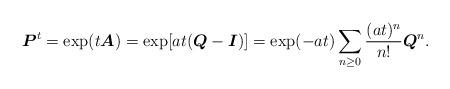
LaTeX: \begin{align*}\boldsymbol{P}^t=\exp(t{\boldsymbol A})=\exp[a t({\boldsymbol Q}-{\boldsymbol I})]=\exp(-a t)\sum_{n\geq 0}\frac{(a t)^n}{n!}{\boldsymbol Q}^n.\end{align*}